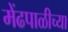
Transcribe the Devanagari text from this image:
मेंढपाळीच्या